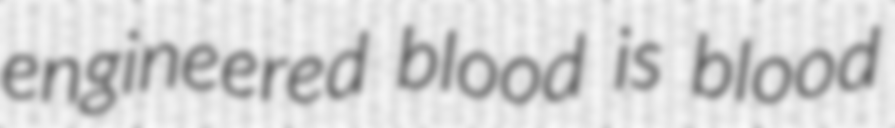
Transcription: engineered blood is blood